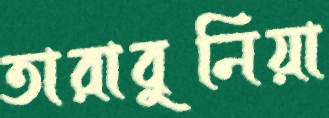
তারাবুনিয়া